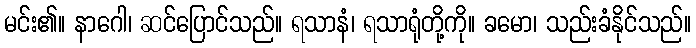
မင်း၏။ နာဂေါ၊ ဆင်ပြောင်သည်။ ရသာနံ၊ ရသာရုံတို့ကို။ ခမော၊ သည်းခံနိုင်သည်။